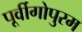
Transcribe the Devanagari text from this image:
पूर्वीगोपुरम